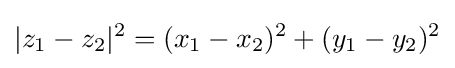
|z_{1}-z_{2}|^{2}=(x_{1}-x_{2})^{2}+(y_{1}-y_{2})^{2}